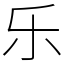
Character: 乐